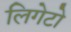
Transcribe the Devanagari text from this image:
लिगेटो